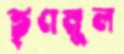
তৃণমুল